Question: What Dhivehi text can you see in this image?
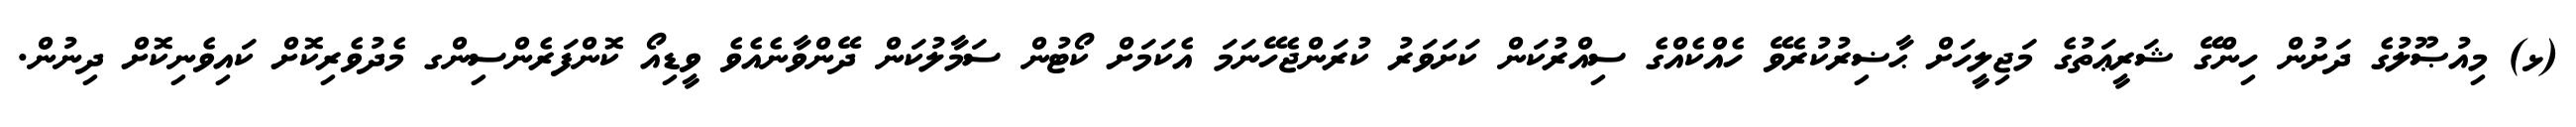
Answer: (ޅ) މިއުޞޫލުގެ ދަށުން ހިންގޭ ޝަރީޢަތުގެ މަޖިލީހަށް ޙާޟިރުކުރެވޭ ހެއްކެއްގެ ސިއްރުކަން ކަށަވަރު ކުރަންޖެހޭނަމަ އެކަމަށް ކޯޓުން ސަމާލުކަން ދޭންވާނެއެވެ ވީޑިއޯ ކޮންފަރެންސިންގ މެދުވެރިކޮށް ކައިވެނިކޮށް ދިނުން.